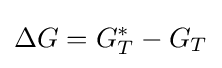
\Delta G=G_{T}^{*}-G_{T}